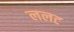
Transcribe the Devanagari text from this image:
ललट